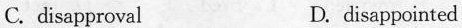
C. disapproval D. disappointed